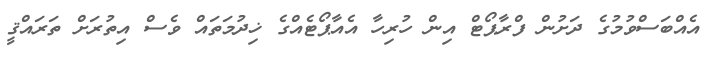
އެއްބަސްވުމުގެ ދަށުން ފްރާޕޯޓް އިން ހުރިހާ އެއާޕޯޓެއްގެ ޚިިދުމަތައް ވެސް އިތުރަށް ތަރައްޤީ